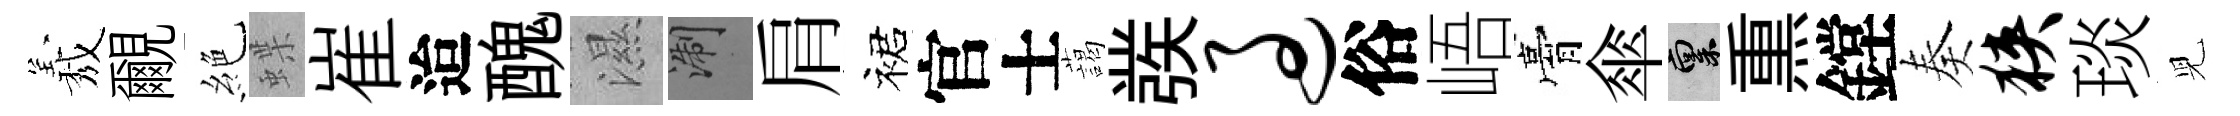
𦏁覼絶蝶崔迨醜濕浙肩裙官士藹彂过俗峿膏傘禀𤋱鏜奏狭琰児